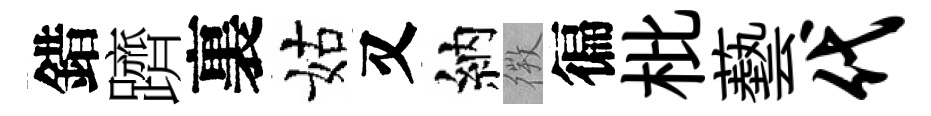
錯躋裏姑又納𢕄徧枇藝代